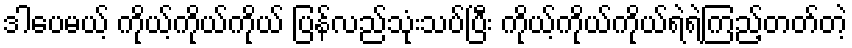
ဒါပေမယ့် ကိုယ့်ကိုယ်ကိုယ် ပြန်လည်သုံးသပ်ပြီး ကိုယ့်ကိုယ်ကိုယ်ရဲရဲကြည့်တတ်တဲ့